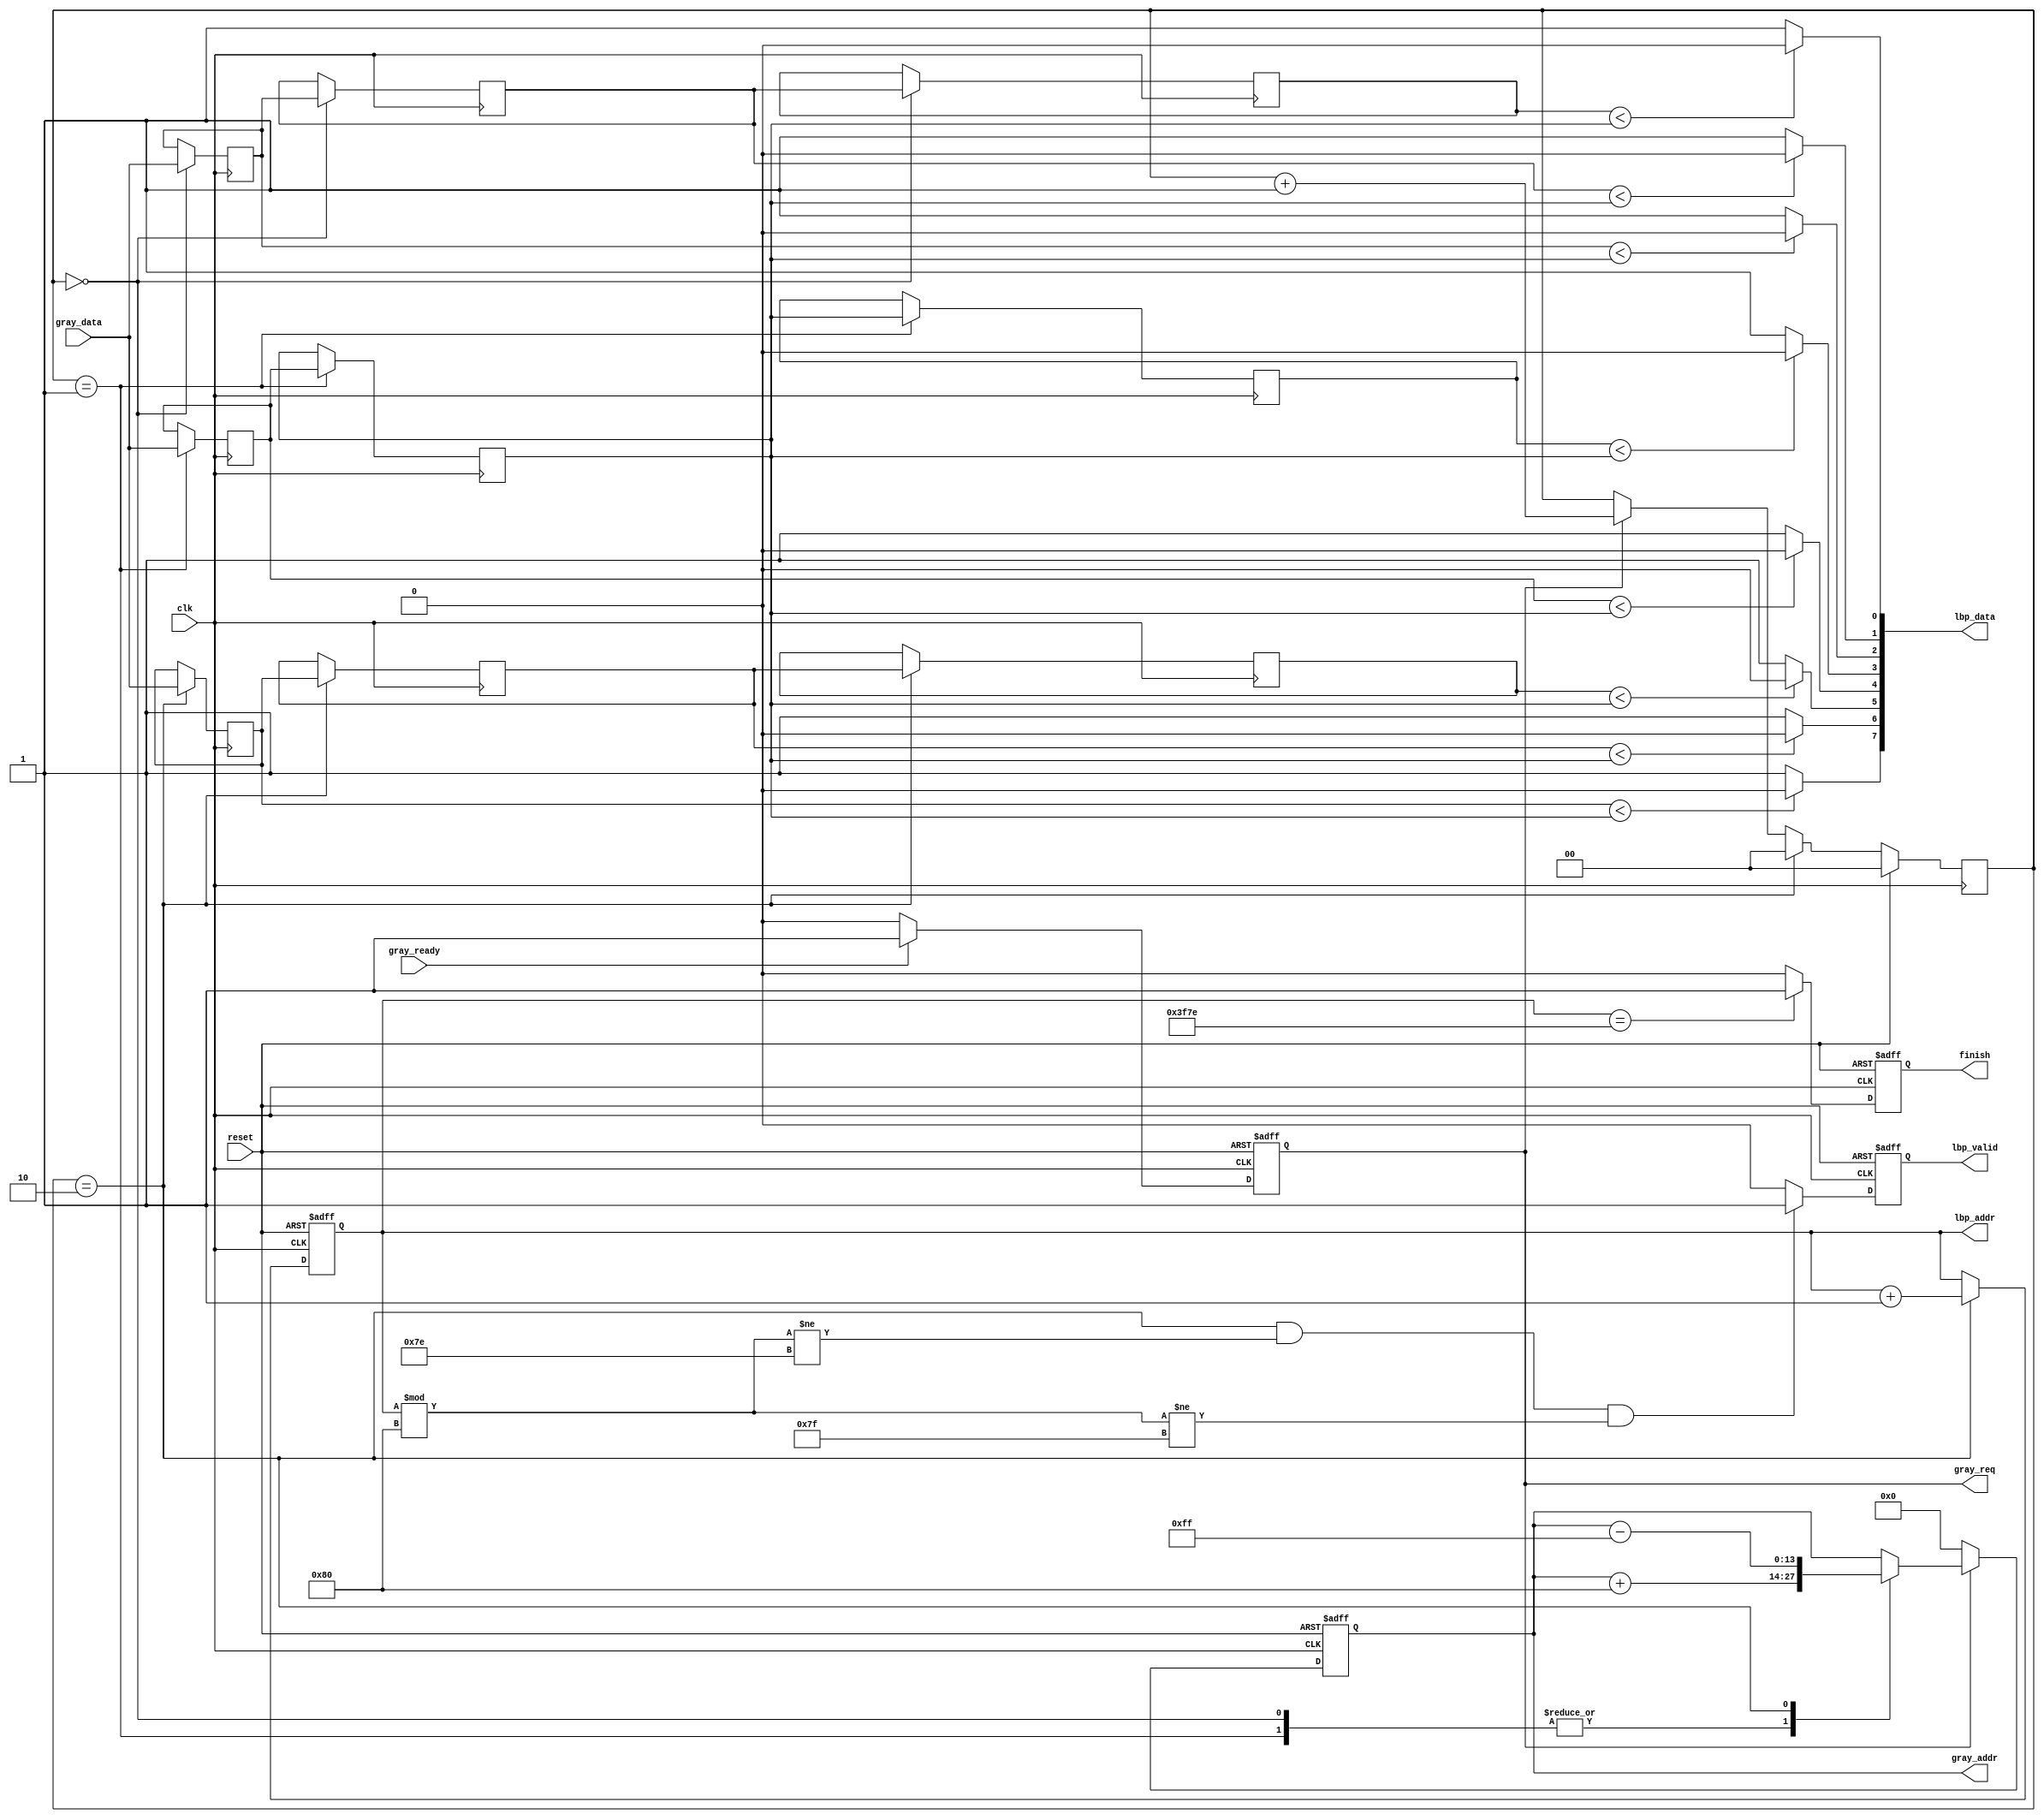
`timescale 1ns/10ps
module LBP (clk, reset, gray_addr, gray_req, gray_ready, gray_data, lbp_addr, lbp_valid, lbp_data, finish);
input clk;
input reset;
input gray_ready; 
input [7:0] gray_data;

output reg [13:0] gray_addr; //0~16383 address
output reg gray_req; //high get data
output reg [13:0] lbp_addr;
output reg lbp_valid;
output [7:0] lbp_data;
output reg finish;

reg [1:0] grayad_count;

reg [7:0] buffer0 [0:2];
reg [7:0] buffer1 [0:2];
reg [7:0] buffer2 [0:2];
//====================================================================
always @(posedge clk or posedge reset) begin //gray_req
    if(reset)
        gray_req <= 0;
    else if(gray_ready)
        gray_req <= 1;
    else 
        gray_req <= 0;
end

always @(posedge clk or posedge reset) begin //gray_addr
    if(reset)
        gray_addr <= 0;
    else if(gray_req)
        case(grayad_count)
            2'b00:
                gray_addr <= gray_addr + 128;
            2'b01:
                gray_addr <= gray_addr + 128;
            2'b10:
                gray_addr <= gray_addr - 255;
        endcase
    else 
        gray_addr <= 0;
end

always @(posedge clk) begin //grayad_count
    if(reset)
        grayad_count <= 0;
    else if(grayad_count == 2)
        grayad_count <= 0;
    else if(gray_req)
        grayad_count <= grayad_count + 1;
end

always @(posedge clk) begin //buffer0
    if (grayad_count == 0) begin
        buffer0[2] <= gray_data;
        buffer0[1] <= buffer0[2];
        buffer0[0] <= buffer0[1];
    end
end

always @(posedge clk) begin //buffer1
    if (grayad_count == 1) begin
        buffer1[2] <= gray_data;
        buffer1[1] <= buffer1[2];
        buffer1[0] <= buffer1[1];
    end
end

always @(posedge clk) begin //buffer2
    if (grayad_count == 2) begin
        buffer2[2] <= gray_data;
        buffer2[1] <= buffer2[2];
        buffer2[0] <= buffer2[1];
    end
end

assign lbp_data[0] = ((buffer0[0] < buffer1[1]) ? 0 : 1);
assign lbp_data[1] = ((buffer0[1] < buffer1[1]) ? 0 : 1);
assign lbp_data[2] = ((buffer0[2] < buffer1[1]) ? 0 : 1);
assign lbp_data[3] = ((buffer1[0] < buffer1[1]) ? 0 : 1);
assign lbp_data[4] = ((buffer1[2] < buffer1[1]) ? 0 : 1);
assign lbp_data[5] = ((buffer2[0] < buffer1[1]) ? 0 : 1);
assign lbp_data[6] = ((buffer2[1] < buffer1[1]) ? 0 : 1);
assign lbp_data[7] = ((buffer2[2] < buffer1[1]) ? 0 : 1);

always @(posedge clk or posedge reset) begin //lbp_addr
    if(reset)
        lbp_addr <= 126;
    else if(grayad_count == 2)
        lbp_addr <= lbp_addr + 1;
end

always @(posedge clk or posedge reset) begin //lbp_valid
    if(reset)
        lbp_valid <= 0;
    else if(grayad_count == 2 && lbp_addr % 128 != 126 && lbp_addr % 128 != 127)
        lbp_valid <= 1;
    else
        lbp_valid <= 0;
end

always @(posedge clk or posedge reset) begin //finish
    if(reset)
        finish <= 0;
    else if(lbp_addr == 16254)
        finish <= 1; 
    else
        finish <= 0;
end
//====================================================================
endmodule